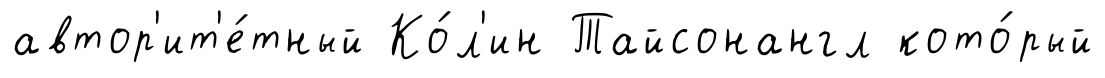
автор'ит'е́тный Ко́л'ин Тайсонангл кото́рый